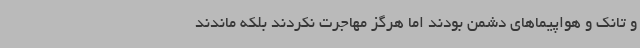
و تانک و هواپیماهای دشمن بودند اما هرگز مهاجرت نکردند بلکه ماندند